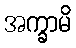
အက္ခာမိ